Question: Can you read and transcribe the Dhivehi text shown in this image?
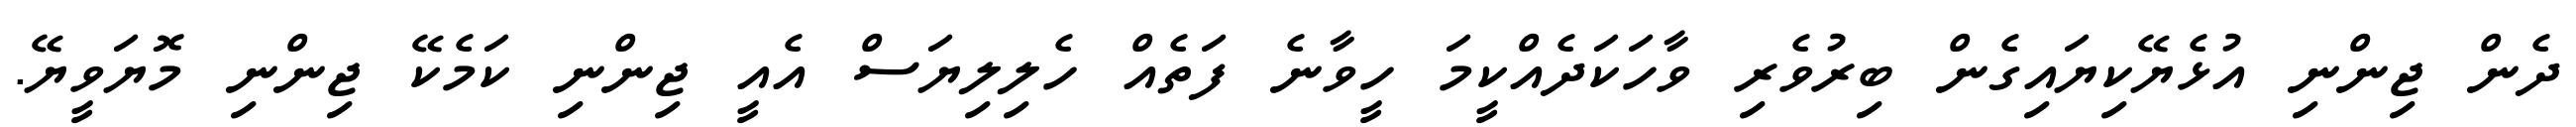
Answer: ދެން ޖިންނި އުޅެޔޭކިޔައިގެން ބިރުވެރި ވާހަކަދެއްކީމަ ހީވާނެ ފަތެއް ހެލިލިޔަސް އެއީ ޖިންނި ކަމެކޭ ޖިންނި މޮޔަވީޔޭ.